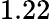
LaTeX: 1.22